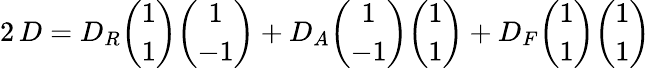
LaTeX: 2\, D=D_{R}{\binom{1}{1}}{\binom{1}{-1}}+D_{A}{\binom{1}{-1}}{\binom{1}{1}}+D_{F}{\binom{1}{1}}{\binom{1}{1}}